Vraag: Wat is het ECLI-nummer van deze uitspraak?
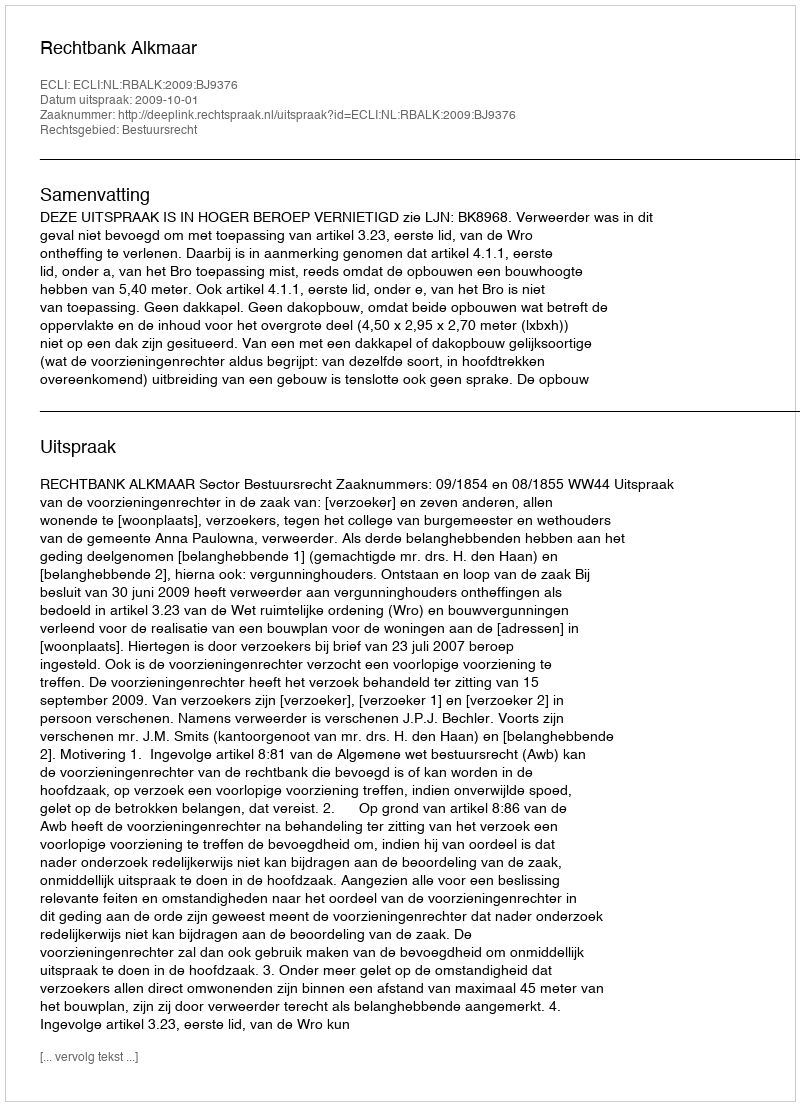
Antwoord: ECLI:NL:RBALK:2009:BJ9376